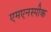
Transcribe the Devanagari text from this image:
एमएनस्पीक